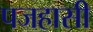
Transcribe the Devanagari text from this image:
पजहासी